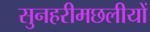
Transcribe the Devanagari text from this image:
सुनहरीमछलीयों